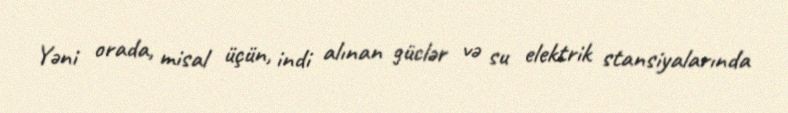
Yəni orada, misal üçün, indi alınan güclər və su elektrik stansiyalarında